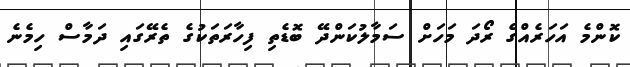
ކޮންމެ އަހަރެއްގެ ރޯދަ މަހަށް ސަމާލުކަންދޭ ބޮޑެތި ފިހާރަތަކުގެ ތެރޭގައި ދަމާސް ހިމެނެ